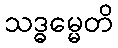
သဒ္ဓမ္မေတိ